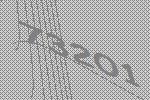
73201